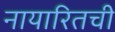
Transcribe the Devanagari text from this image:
नायारितची